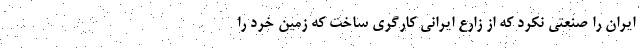
ایران را صنعتی نکرد که از زارع ایرانی کارگری ساخت که زمین خُرد را